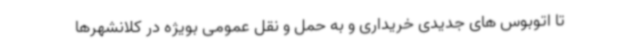
تا اتوبوس های جدیدی خریداری و به حمل و نقل عمومی بویژه در کلانشهرها